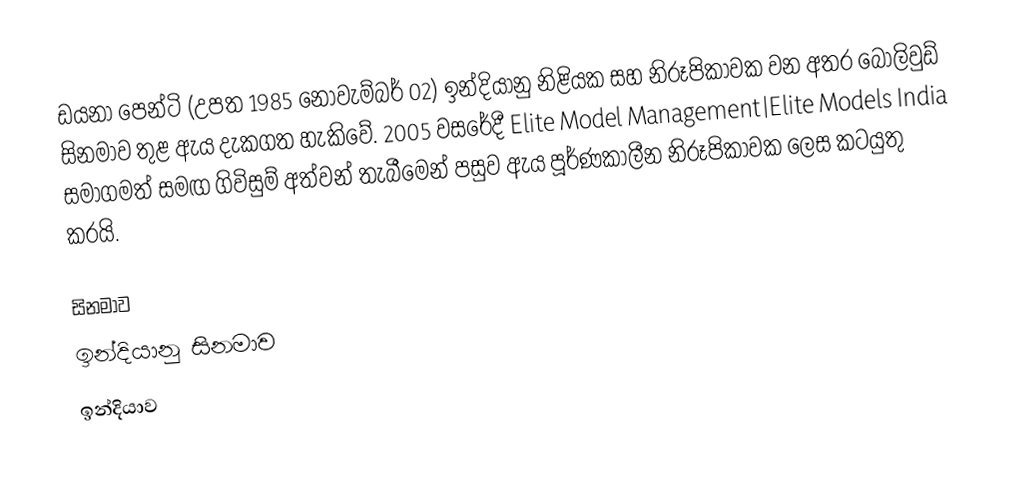
ඩයනා පෙන්ටි (උපත 1985 නොවැම්බර් 02) ඉන්දියානු නිළියක සහ නිරූපිකාවක වන අතර බොලිවුඩ් සිනමාව තුළ ඇය දැකගත හැකිවේ. 2005 වසරේදී Elite Model Management|Elite Models India සමාගමත් සමඟ ගිවිසුම් අත්වන් තැබීමෙන් පසුව ඇය පූර්ණකාලීන නිරූපිකාවක ලෙස කටයුතු කරයි.

සිනමාව
ඉන්දියානු සිනමාව
ඉන්දියාව